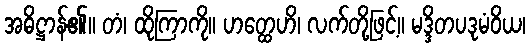
အဓိဋ္ဌာန်၏။ တံ၊ ထိုကြာကို။ ဟတ္ထေဟိ၊ လက်တို့ဖြင့်။ မဒ္ဒိတပဒုမံဝိယ၊